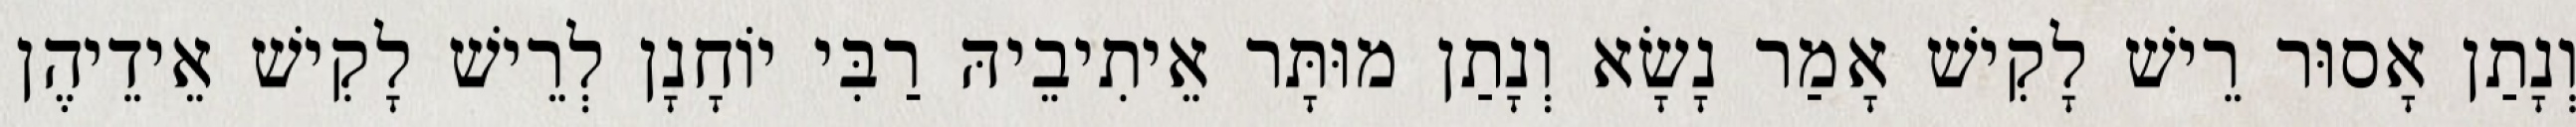
וְנָתַן אָסוּר רֵישׁ לָקִישׁ אָמַר נָשָׂא וְנָתַן מוּתָּר אֵיתִיבֵיהּ רַבִּי יוֹחָנָן לְרֵישׁ לָקִישׁ אֵידֵיהֶן